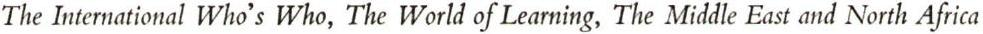
The International Who's Who, The World of Learning, The Middle East and North Africa